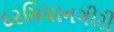
દરમિયાનગીરી